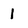
Character: 1